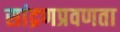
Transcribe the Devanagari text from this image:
सांद्रणप्रवणता